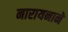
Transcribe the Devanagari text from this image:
नारायनाने